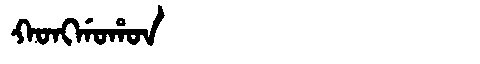
Manchu: ᡴᠣᠩᡤᠣᡥᠣᠨ
Romanization: KONGGOHON